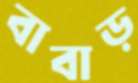
বাবাড়